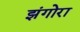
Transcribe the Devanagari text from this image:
झंगोरा